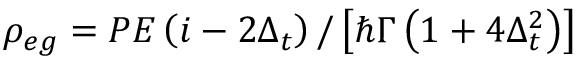
\rho _ { e g } = P E \left( i - 2 \Delta _ { t } \right) / \left[ \hbar \Gamma \left( 1 + 4 \Delta _ { t } ^ { 2 } \right) \right]